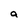
Character: a